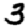
Digit: 3